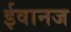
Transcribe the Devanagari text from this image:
ईवानज